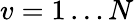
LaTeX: v=1\ldots N